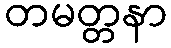
တမတ္တနာ